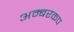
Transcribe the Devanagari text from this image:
अम्बरकप